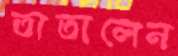
তাতালেন